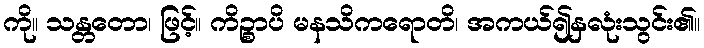
ကို။ သန္တတော၊ ဖြင့်။ ကိဉ္စာပိ မနသိကရောတိ၊ အကယ်၍နှလုံးသွင်း၏။